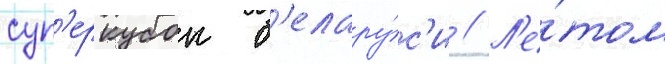
суп'еркубок б'елару́с'и // Л'е́том